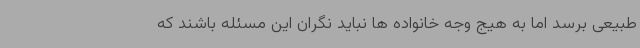
طبیعی برسد اما به هیج وجه خانواده ها نباید نگران این مسئله باشند که